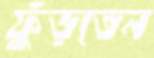
ফুঁড়তেন